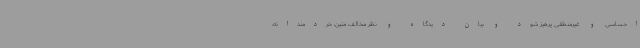
احساسی و غیرمنطقی پرهیز شود و بیان دیدگاه و نظر مخالف متین، خردمندانه،